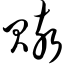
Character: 赅